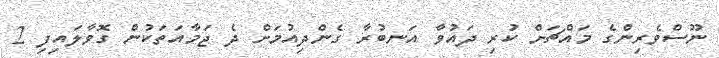
ނޫސްވެރިންގެ މައްޗަށް ކުރި ދައުވާ އަނބުރާ ގެންދިއުމަށް ދެ ޖަމާއަތަކުން ގޮވާލައިފި 2